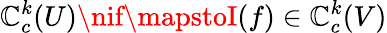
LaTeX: \mathbb{C}_{c}^{k}(U)\nif\mapstoI(f)\in\mathbb{C}_{c}^{k}(V)